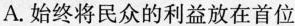
A.始终将民众的利益放在首位